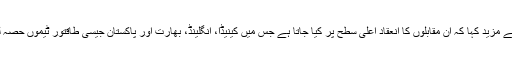
انہوں نے مزید کہا کہ ان مقابلوں کا انعقاد اعلی سطح پر کیا جاتا ہے جس میں کینیڈا، انگلینڈ، بھارت اور پاکستان جیسی طاقتور ٹیموں حصہ لیں گی۔